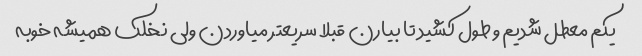
یکم معطل شدیم و طول کشید تا بیارن قبلا سریعتر میاوردن ولی نخلک همیشه خوبه